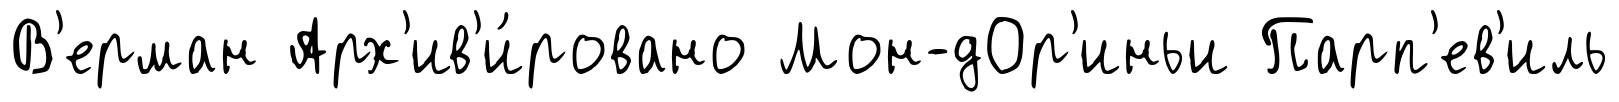
В'ерман Арх'ив'и́ровано Мон-дОр'иньи Парп'ев'иль